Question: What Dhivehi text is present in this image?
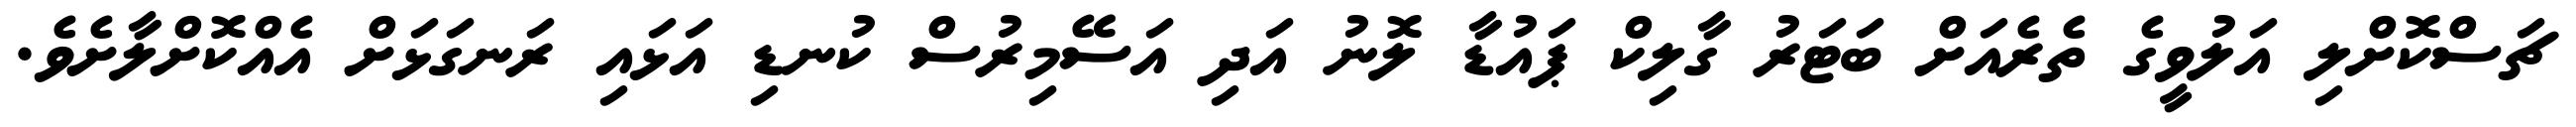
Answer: ޗަސްކޮށްލި އަލުވީގެ ތެރެއަށް ބަޓަރު ގާލިކް ޕައުޑާ ލޮނު އަދި އަސޭމިރުސް ކުނޑި އަޅައި ރަނގަޅަށް އެއްކޮށްލާށެވެ.